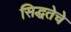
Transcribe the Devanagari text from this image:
सिद्धतेचे